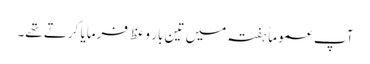
آپ عموماًہفتہ میں تین بار وعظ فرمایا کرتے تھے۔